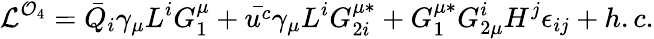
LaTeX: {\cal L}^{{\cal O}_{4}}=\bar{Q}_{i}\gamma_{\mu}L^{i}G_{1}^{\mu}+\bar{u^{c}}\gamma_{\mu}L^{i}G_{2i}^{\mu*}+G_{1}^{\mu*}G_{2\mu}^{i}H^{j}\epsilon_{ij}+h.c.